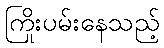
ကြိုးပမ်းနေသည့်